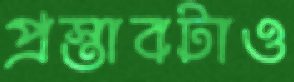
প্রস্তাবটাও